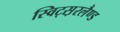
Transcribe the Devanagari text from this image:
स्विट्स़रलैण्ड